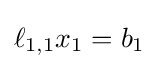
\ell _{1,1}x_{1}=b_{1}